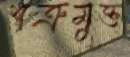
শত্রুমুক্ত